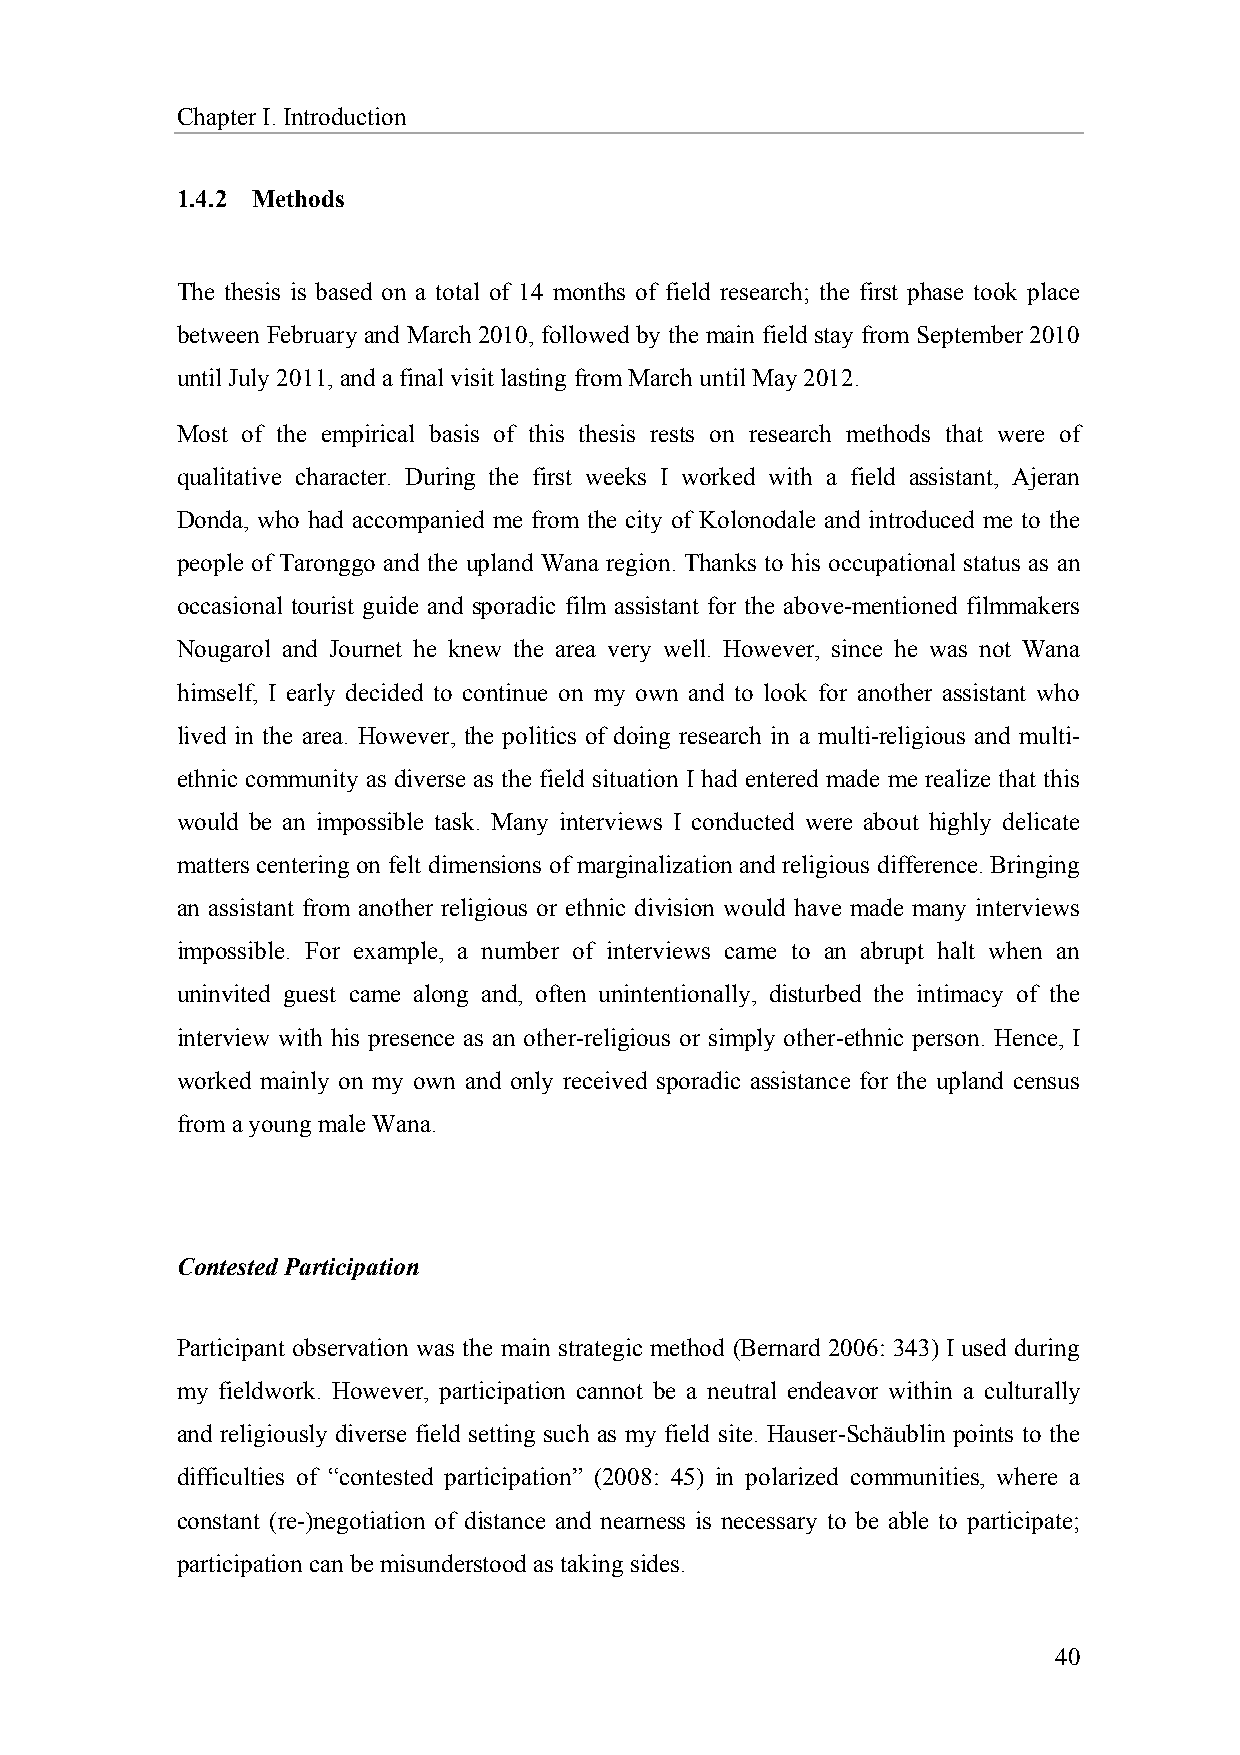
Chapter I. Introduction
 1.4.2 Methods
 The thesis is based on a total of 14 months of field research; the first phase took place
 between February and March 2010, followed by the main field stay from September 2010
 until July 2011, and a final visit lasting from March until May 2012.
 Most of the empirical basis of this thesis rests on research methods that were of
 qualitative character. During the first weeks I worked with a field assistant, Ajeran
 Donda, who had accompanied me from the city of Kolonodale and introduced me to the
 people of Taronggo and the upland Wana region. Thanks to his occupational status as an
 occasional tourist guide and sporadic film assistant for the above-mentioned filmmakers
 Nougarol and Journet he knew the area very well. However, since he was not Wana
 himself, I early decided to continue on my own and to look for another assistant who
 lived in the area. However, the politics of doing research in a multi-religious and multi-
 ethnic community as diverse as the field situation I had entered made me realize that this
 would be an impossible task. Many interviews I conducted were about highly delicate
 matters centering on felt dimensions of marginalization and religious difference. Bringing
 an assistant from another religious or ethnic division would have made many interviews
 impossible. For example, a number of interviews came to an abrupt halt when an
 uninvited guest came along and, often unintentionally, disturbed the intimacy of the
 interview with his presence as an other-religious or simply other-ethnic person. Hence, I
 worked mainly on my own and only received sporadic assistance for the upland census
 from a young male Wana.
 Contested Participation
 Participant observation was the main strategic method (Bernard 2006: 343) I used during
 my fieldwork. However, participation cannot be a neutral endeavor within a culturally
 and religiously diverse field setting such as my field site. Hauser-Schäublin points to the
 difficulties of “contested participation” (2008: 45) in polarized communities, where a
 constant (re-)negotiation of distance and nearness is necessary to be able to participate;
 participation can be misunderstood as taking sides.
 40